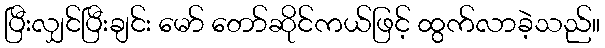
ပြီးလျှင်ပြီးချင်း မော် တော်ဆိုင်ကယ်ဖြင့် ထွက်လာခဲ့သည်။